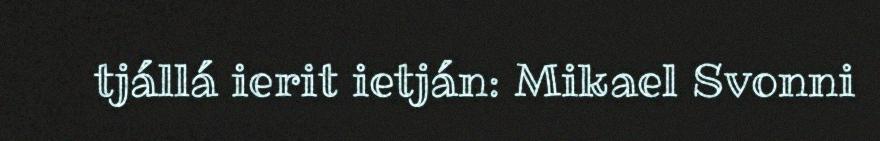
tjállá ierit ietján: Mikael Svonni